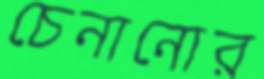
চেনানোর